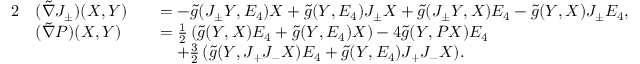
\begin{array} { r l r l } { { 2 } } & { ( \tilde { \nabla } J _ { \pm } ) ( X , Y ) } & & { = - \tilde { g } ( J _ { \pm } Y , E _ { 4 } ) X + \tilde { g } ( Y , E _ { 4 } ) J _ { \pm } X + \tilde { g } ( J _ { \pm } Y , X ) E _ { 4 } - \tilde { g } ( Y , X ) J _ { \pm } E _ { 4 } , } \\ & { ( \tilde { \nabla } P ) ( X , Y ) } & & { = \frac 1 2 \, ( \tilde { g } ( Y , X ) E _ { 4 } + \tilde { g } ( Y , E _ { 4 } ) X ) - 4 \tilde { g } ( Y , P X ) E _ { 4 } } \\ & { } & & { \quad + \frac 3 2 \, ( \tilde { g } ( Y , J _ { + } J _ { - } X ) E _ { 4 } + \tilde { g } ( Y , E _ { 4 } ) J _ { + } J _ { - } X ) . } \end{array}